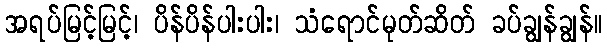
အရပ်မြင့်မြင့်၊ ပိန်ပိန်ပါးပါး၊ သံရောင်မုတ်ဆိတ် ခပ်ချွန်ချွန်။